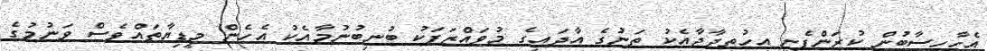
އެހާހިސާބުން ކުރަންފެށި އިހުތިޖާޖާއެކު ތަނުގެ އާދައިގެ މުވައްޒަފަކު ބުނިބުނުމާއެކު އެހެން މީޑިޔާތައްވެސް ވަނުމުގެ